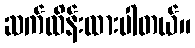
ဆက်ထိန်းထားပါတယ်။